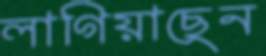
লাগিয়াছেন